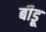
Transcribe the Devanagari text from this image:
बीडू